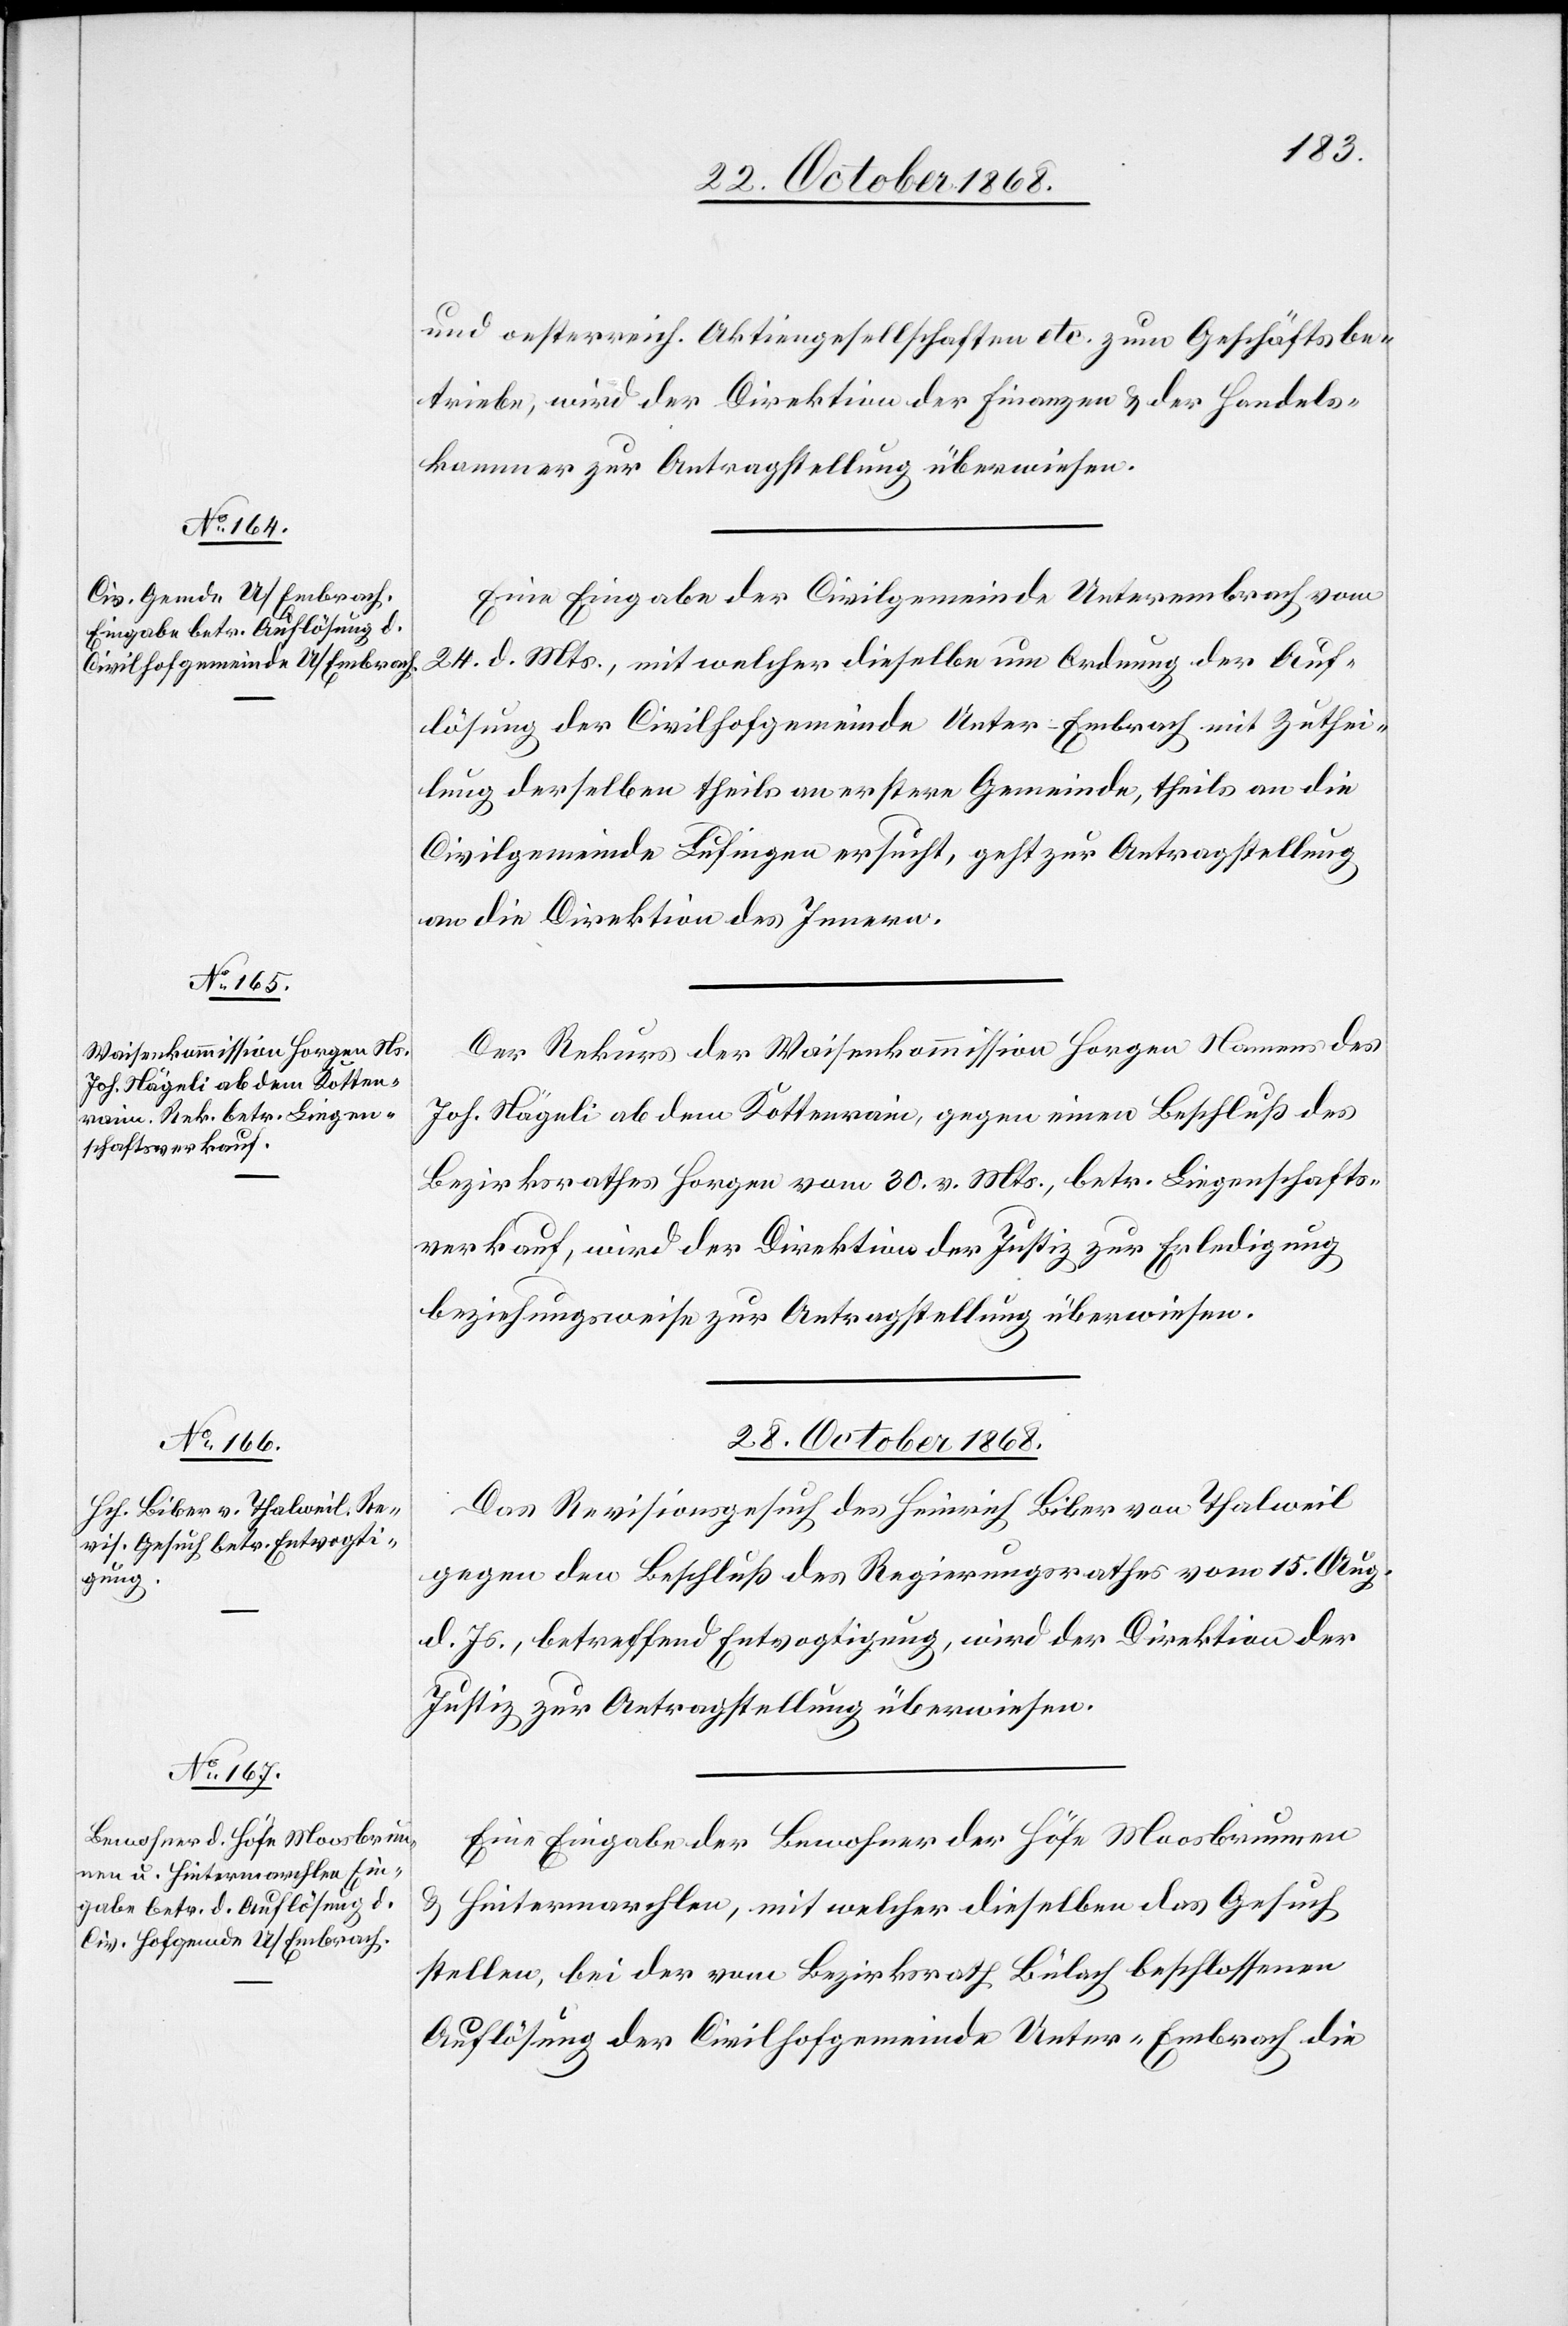
und oesterreich. Aktiengesellschaften etc. zum Geschäftsbe¬
triebe, wird der Direktion der Finanzen & der Handels¬
kammer zur Antragstellung überwiesen.
Eine Eingabe der Civilgemeinde Unterembrach vom
24. d. Mts., mit welcher dieselbe um Ordnung der Auf¬
lösung der Civilhofgemeinde Unter-Embrach mit Zuthei¬
lung derselben theils an erstere Gemeinde, theils an die
Civilgemeinde Lufingen ersucht, geht zur Antragstellung
an die Direktion des Innern.
Der Rekurs der Waisenkommission Horgen Namens des
Joh. Nägeli ab dem Kottenrain, gegen einen Beschluß des
Bezirksrathes Horgen vom 30. v. Mts., betr. Liegenschafts¬
verkauf, wird der Direktion der Justiz zur Erledigung
beziehungsweise zur Antragstellung überwiesen.
28. October 1868.]
Das Revisionsgesuch des Heinrich Biber von Thalweil
gegen den Beschluß des Regierungsrathes vom 15. Aug.
d. Js., betreffend Entvogtigung, wird der Direktion der
Justiz zur Antragstellung überwiesen.
Eine Eingabe der Bewohner der Höfe Moosbrunnen
& Hintermarchlen, mit welcher dieselben das Gesuch
stellen, bei der vom Bezirksrath Bülach beschlossenen
Auflösung der Civilhofgemeinde Unter-Embrach die